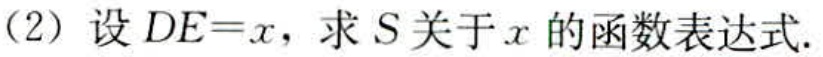
(2) 设 \(DE = x\)，求 \(S\) 关于 \(x\) 的函数表达式.